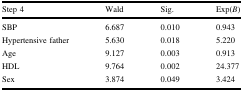
| Step 4 | Wald | Sig. | Exp(B) |
 | --- | --- | --- | --- |
 | SBP | 6.687 | 0.010 | 0.943 |
 | Hypertensive father | 5.630 | 0.018 | 5.220 |
 | Age | 9.127 | 0.003 | 0.913 |
 | HDL | 9.764 | 0.002 | 24.377 |
 | Sex | 3.874 | 0.049 | 3.424 |